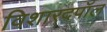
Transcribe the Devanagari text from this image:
विशारदपॉल